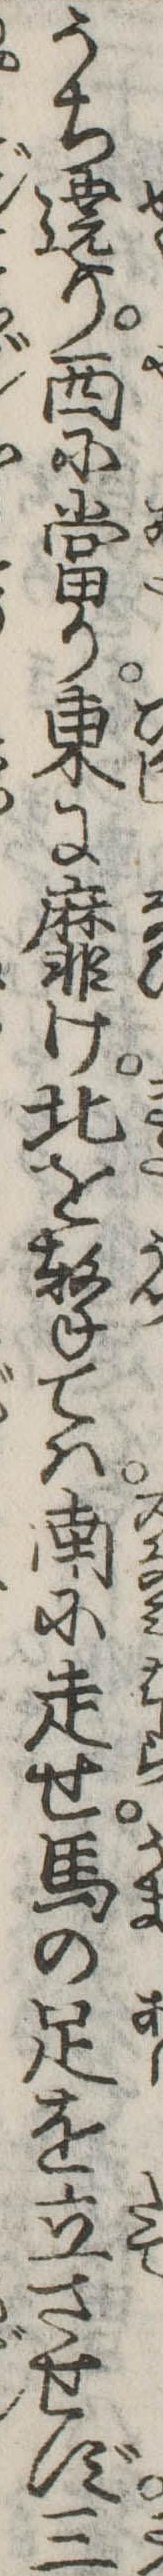
うち遶り西に当り東に靡け北を撃ては南に走せ馬の足を立させず三